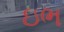
ઇભ